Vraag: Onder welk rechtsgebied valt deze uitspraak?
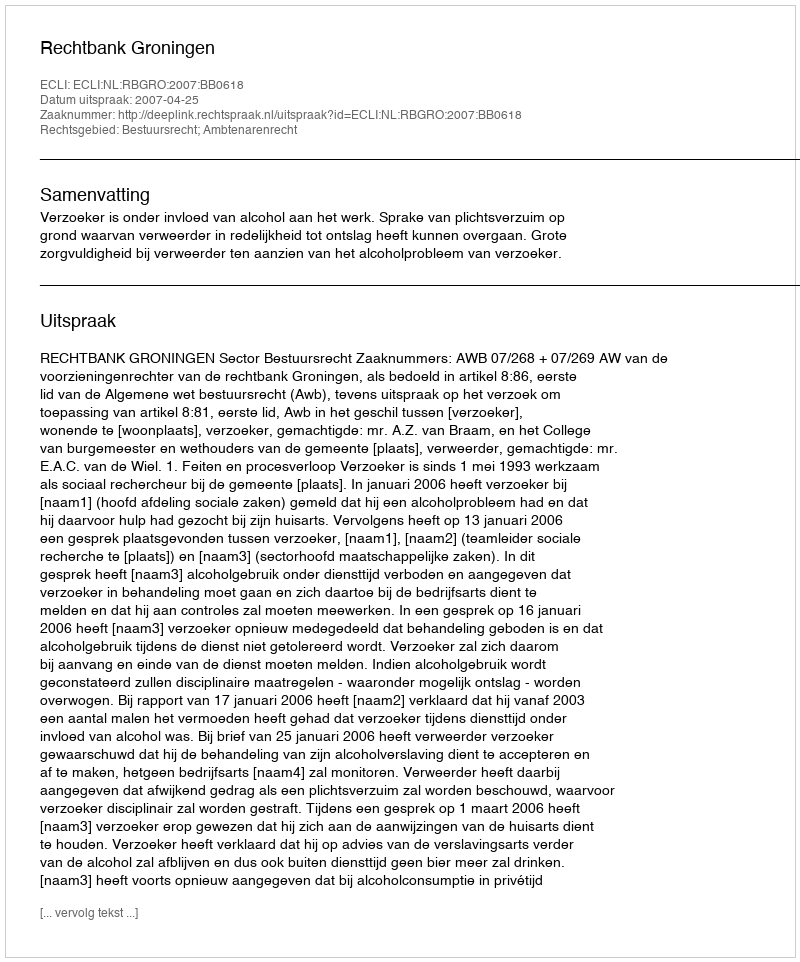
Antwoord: Bestuursrecht; Ambtenarenrecht